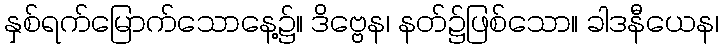
နှစ်ရက်မြောက်သောနေ့၌။ ဒိဗ္ဗေန၊ နတ်၌ဖြစ်သော။ ခါဒနီယေန၊